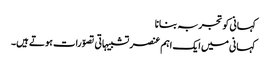
کہانی کو تجربہ بنانا
کہانی میں ایک اہم عنصر تشبیہاتی تصوّرات ہوتے ہیں۔